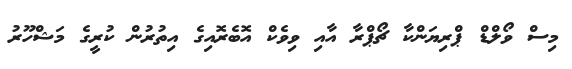
މިސް ވޯލްޑް ޕްރިޔަންކާ ޗޯޕްރާ އާއި ވިވެކް އޮބެރޮއިގެ އިތުރުން ކުރީގެ މަޝްހޫރު